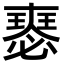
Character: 𡚉